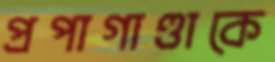
প্রপাগাণ্ডাকে